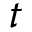
t